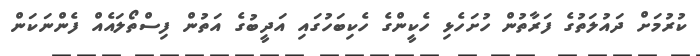
ކުރުމަށް ދައުލަތުގެ ފަރާތުން ހުށަހެޅި ހެކީންގެ ހެކިބަހުގައި އަދީބުގެ އަތުން ފިސްތޯލައެއް ފެންނަކަން